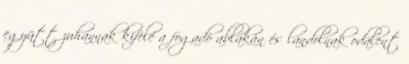
együtt zuhannak kifelé a fogadó ablakán és landolnak odalent